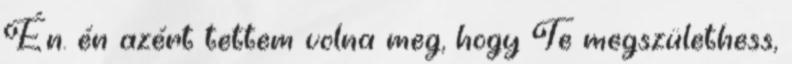
Én. én azért tettem volna meg, hogy Te megszülethess,